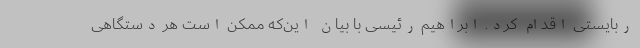
ربایستی اقدام کرد. ابراهیم رئیسی با بیان این‌که ممکن است هر دستگاهی